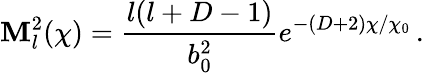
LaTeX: \mathbf{M}_{l}^{2}(\chi)=\frac{{l(l+D-1)}}{{b_{0}^{2}}}e^{-(D+2)\chi/\chi_{0}}\, .